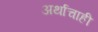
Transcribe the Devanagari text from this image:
अर्थाचाही